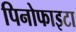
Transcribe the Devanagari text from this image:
पिनोफाइटा